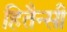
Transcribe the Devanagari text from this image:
हितैन्सी